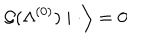
\left. { \cal G } ( \Lambda ^ { ( 0 ) } ) \mid \cdot \right\rangle = 0